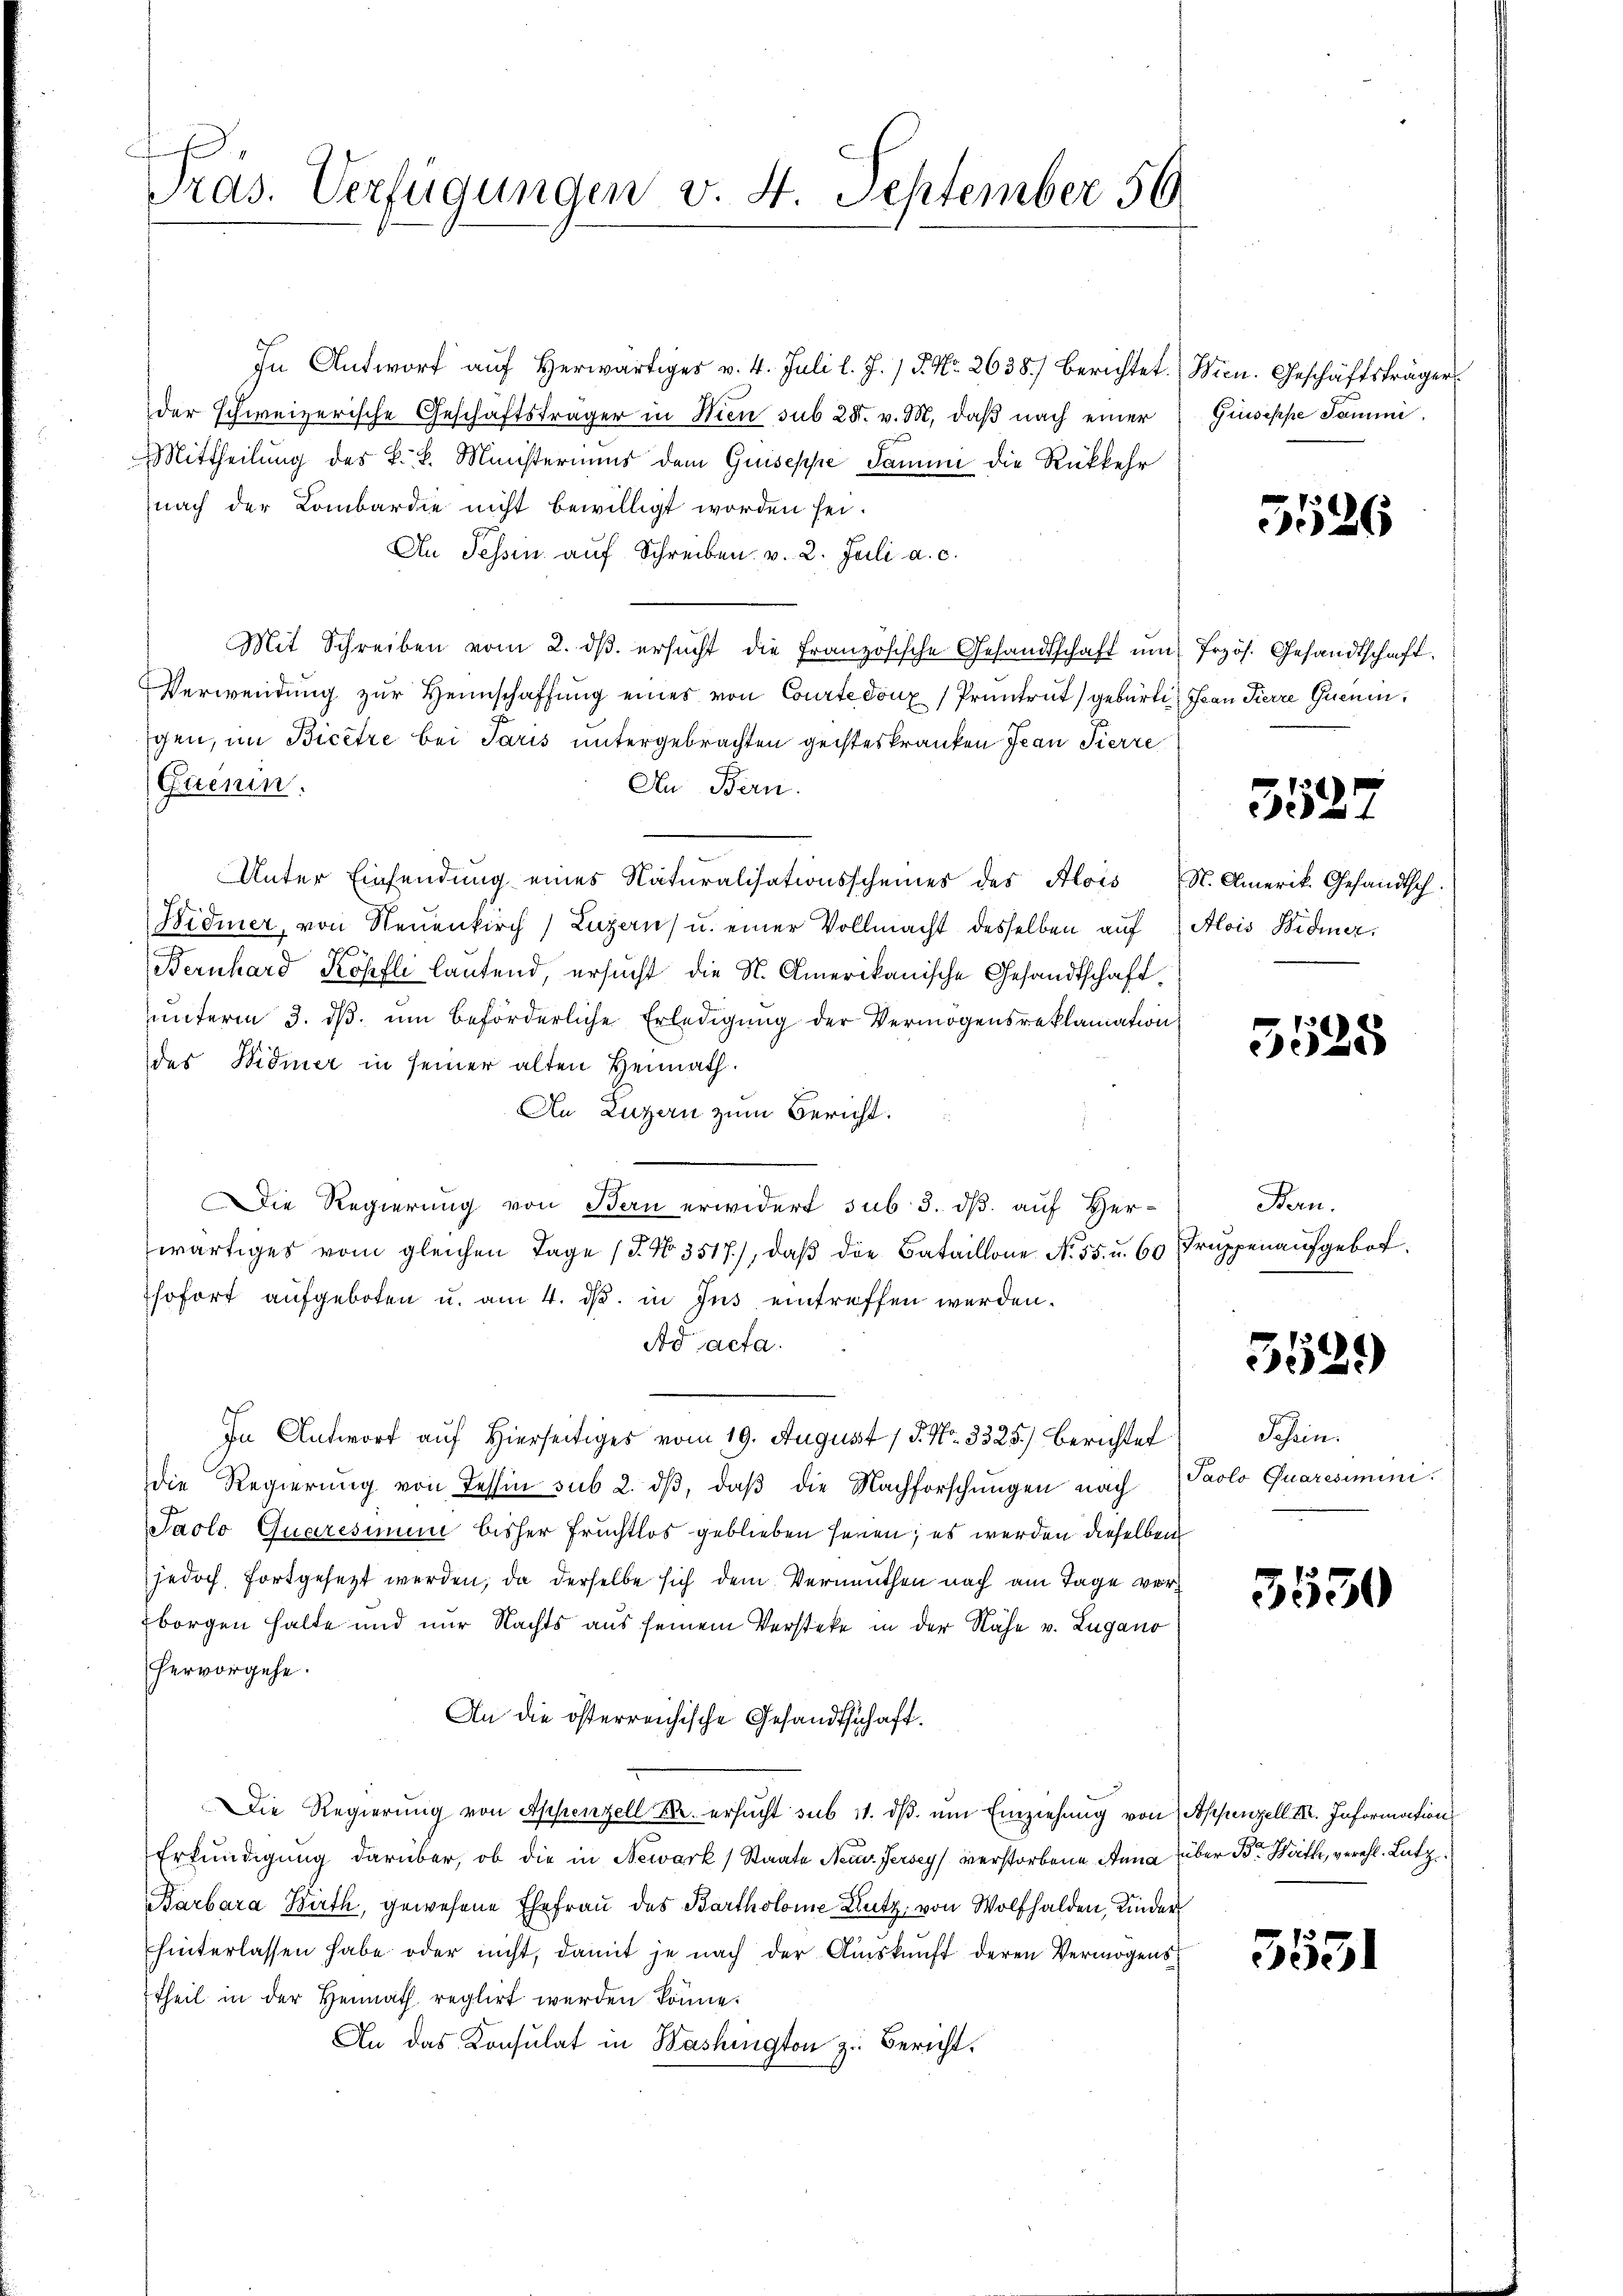
h
Pras. Verfügungen v. 4. September 56

In Antworf auf Herwärtiges v. 4. Juli l. J. / 5. No. 2638. berichtet.
der schweizerische Geschäftsträger in Wien sub 28. v. M. daß nach einer
Mittheilung des k. k. Ministeriums dem Guiseppe damin die Rückkehr
nach der Lombardie nicht bewilligt worden sei.
An Tessin aŭf Schreiben v. 2. Juli a. c.
Mit Schreiben vom 2. dβ ersucht die französische Gesandtschaft um Erzös. Gesandtschaft
Verwendung zŭr Heimschaffung eines von Courtedonx /Prüntrut gebürtin Jean Pierre Quenen,
gen, im Bicetze bei Paris untergebrachten geisteskranken Jean Pierre
Gaenin.
An Bern.
Unter Einsendung eines Naturalisationsscheines des Alois St. Amerik. Gesandtsch
Widmer, von Neuenkirch Luzern) u. einer Vollmacht desselben auf Alois Widmer,
Bernhard Köpfli lautend, ersucht die St. Amerikanische Gesandtschaft
ŭnterm 3. dβ. ŭm beförderliche Erledigŭng der Vermögensreklamation
des Widmer in seiner alten Heimath.
An Luzern zum Bericht.
Die Regierung von Bern erwidert sub 3. dß auf Her-
wärtiges vom gleichen Tage (T. No. 3517), daß die Bataillone No. 55. u. 60 Truppenaufgebot,
sofort aŭfgeboten u. am 4. dβ. in Ins eintreffen werden.
Ad acta.
In Antwort auf Hierseitiges vom 19. August 1 S. Nr. 3325.) Berichtet
die Regierung von Tessin sub 2. dβ, daβ die Nachforschungen nach
Jaolo Quaresimum bisher Fruchtlos geblieben seien; es werden dieselben
jedoch fortgesezt werden, da derselbe sich dem Vermuthen nach am Tage vorborgen halte und nur Nachts aus seinem Versteke in der Nähe v. Lugano
hervorgehe.
An die österreichische Gesandtschaft.
Die Regierung von Appenzell M. ersŭcht sub 11. dβ ŭm Einziehung von Appenzell III. Information
Erkundigung darüber, ob die in Newark (Staate Neuv. Fersey) verstorbene Anna
Barbara Barth, gewesene Ehefrau des Bartholome Autz, von Wolfhalden, Kinder
hinterlassen habe oder nicht, damit je nach der Auskunft deren Vermögens
theil in der Heimath reglirt werden könne.
An das Konsulat in Washington z. Bericht.

Wien. Geschäftsträger
Giisippe Sammi

5526

359

2

5525

Bern.

5539

Schein.
Paolo Quaresimini

3530

über Br. Werthe, verehl. Lutz

3531